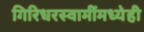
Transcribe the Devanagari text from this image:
गिरिधरस्वामींमध्येही